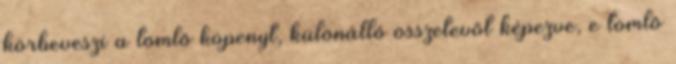
körbeveszi a tömlõ köpenyt, különálló összetevõt képezve, e tömlõ